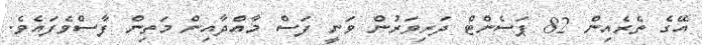
އޭގެ ތެރެއިން 82 ޕަސެންޓް ދަރިވަރުން ވަނީ ފަސް މާއްދާއިން މަތިން ފާސްވެފައެވެ.